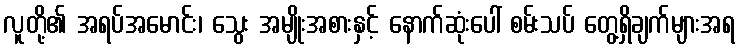
လူတို့၏ အရပ်အမောင်း၊ သွေး အမျိုးအစားနှင့် နောက်ဆုံးပေါ် စမ်းသပ် တွေ့ရှိချက်များအရ